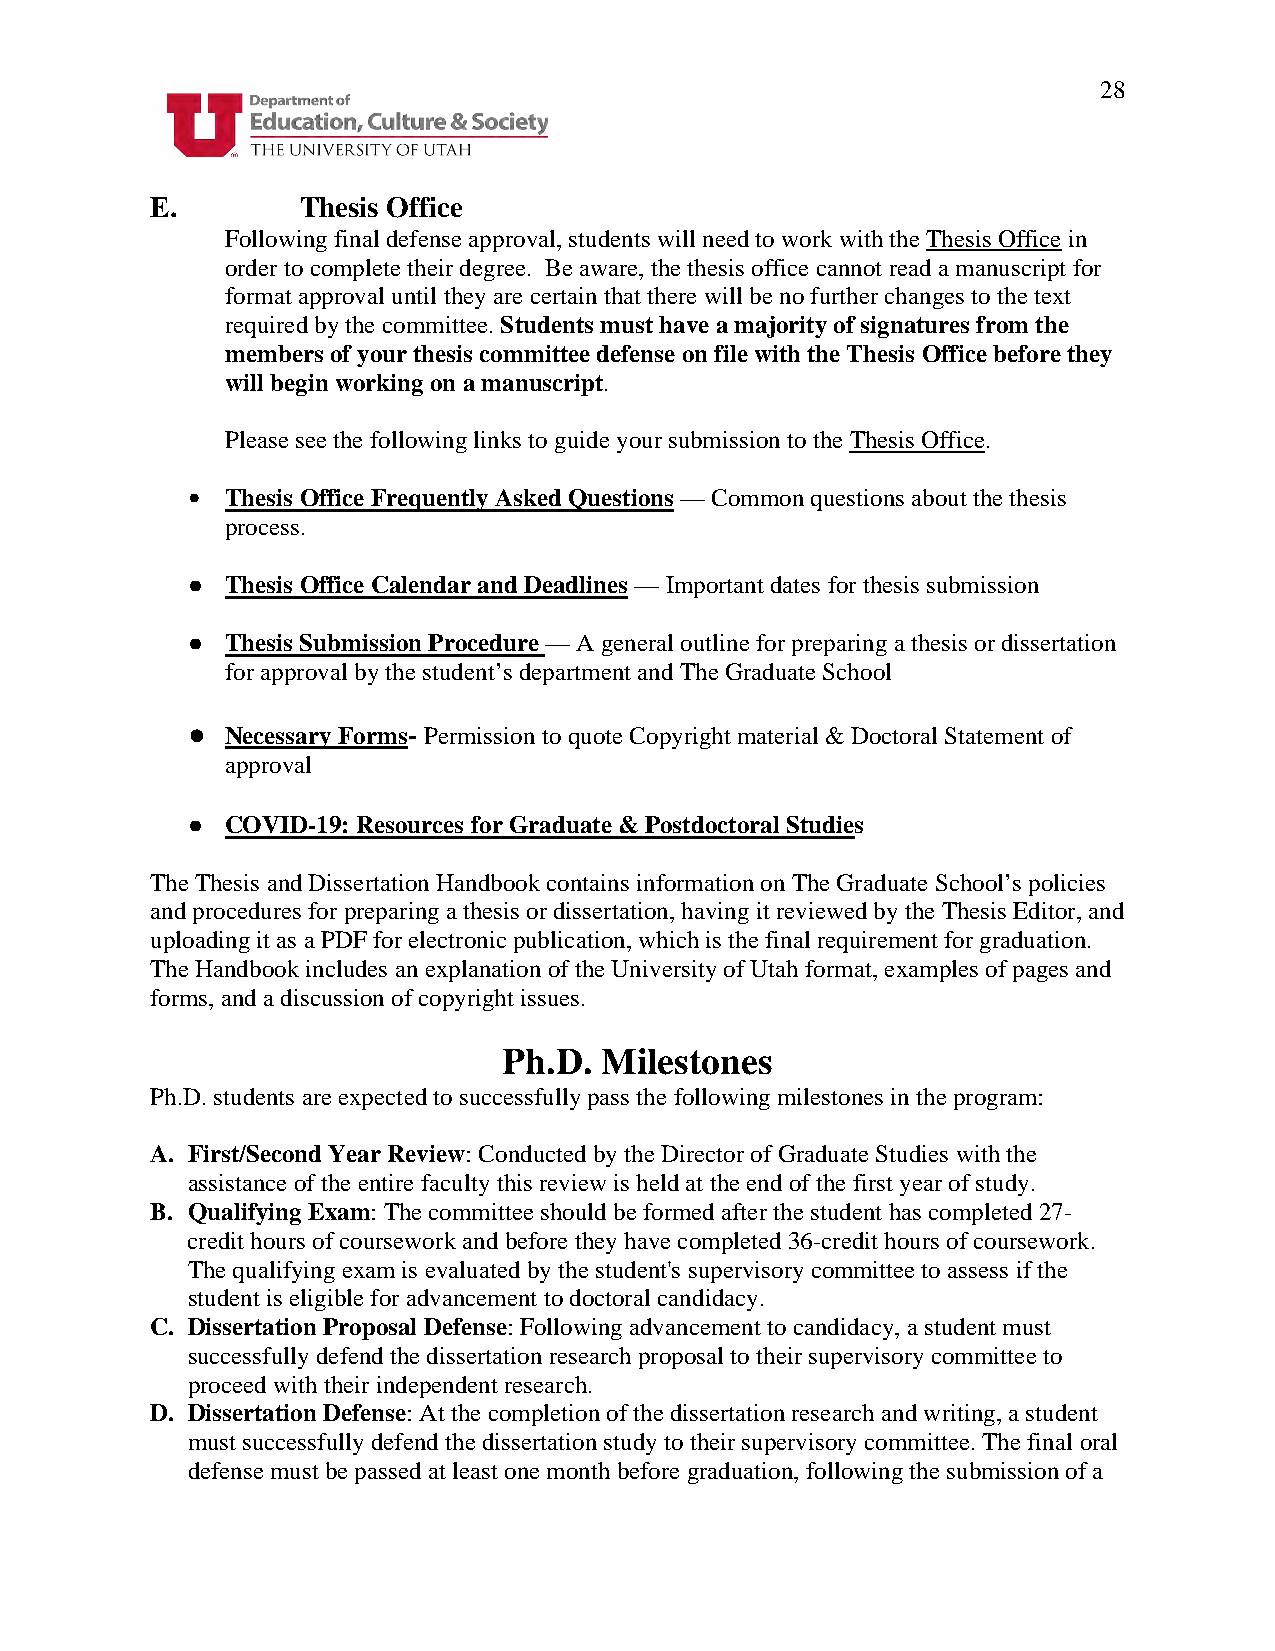
28
 E.        Thesis Office
 Following final defense approval, students will need to work with the Thesis Office in
 order to complete their degree. Be aware, the thesis office cannot read a manuscript for
 format approval until they are certain that there will be no further changes to the text
 required by the committee. Students must have a majority of signatures from the
 members of your thesis committee defense on file with the Thesis Office before they
 will begin working on a manuscript.
 Please see the following links to guide your submission to the Thesis Office.
 •  Thesis Office Frequently Asked Questions — Common questions about the thesis
 process.
 ●  Thesis Office Calendar and Deadlines — Important dates for thesis submission
 ●  Thesis Submission Procedure — A general outline for preparing a thesis or dissertation
 for approval by the student’s department and The Graduate School
 ●  Necessary Forms- Permission to quote Copyright material & Doctoral Statement of
 approval
 ●  COVID-19: Resources for Graduate & Postdoctoral Studies
 The Thesis and Dissertation Handbook contains information on The Graduate School’s policies
 and procedures for preparing a thesis or dissertation, having it reviewed by the Thesis Editor, and
 uploading it as a PDF for electronic publication, which is the final requirement for graduation.
 The Handbook includes an explanation of the University of Utah format, examples of pages and
 forms, and a discussion of copyright issues.
 Ph.D.  Milestones
 Ph.D. students are expected to successfully pass the following milestones in the program:
 A. First/Second Year Review: Conducted by the Director of Graduate Studies with the
 assistance of the entire faculty this review is held at the end of the first year of study.
 B. Qualifying Exam: The committee should be formed after the student has completed 27-
 credit hours of coursework and before they have completed 36-credit hours of coursework.
 The qualifying exam is evaluated by the student's supervisory committee to assess if the
 student is eligible for advancement to doctoral candidacy.
 C. Dissertation Proposal Defense: Following advancement to candidacy, a student must
 successfully defend the dissertation research proposal to their supervisory committee to
 proceed with their independent research.
 D. Dissertation Defense: At the completion of the dissertation research and writing, a student
 must successfully defend the dissertation study to their supervisory committee. The final oral
 defense must be passed at least one month before graduation, following the submission of a